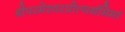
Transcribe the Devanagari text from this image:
श्रीपरमेश्वरप्रीत्यर्थमिमां